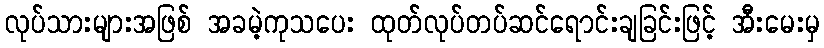
လုပ်သားများအဖြစ် အခမဲ့ကုသပေး ထုတ်လုပ်တပ်ဆင်ရောင်းချခြင်းဖြင့် အီးမေးမှ